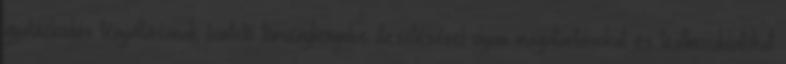
gyalázkodás tényállásának büntető törvénykönyvbe illesztésével olyan magatartásokat és testmozdulatokat